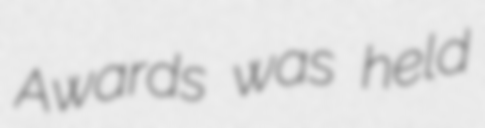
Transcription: Awards was held